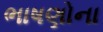
ભાષણોના